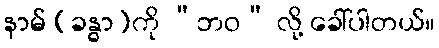
နာမ် (ခန္ဓာ)ကို “ဘဝ” လို့ ခေါ်ပါတယ်။